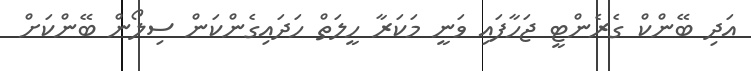
އަދި ބޭންކް ގެރެންޓީ ޖަހާފައި ވަނީ މަކަރާ ހީލަތް ހަދައިގެންކަން ސިލޯން ބޭންކަށް